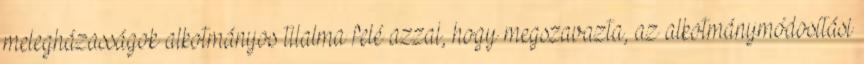
melegházasságok alkotmányos tilalma felé azzal, hogy megszavazta, az alkotmánymódosítási